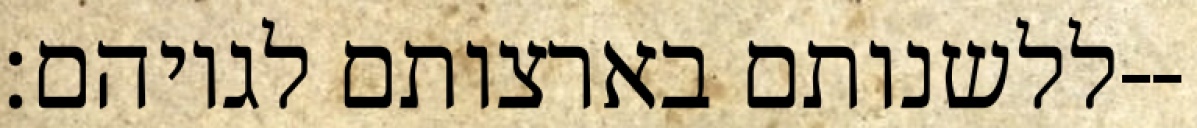
ללשנותם בארצותם לגויהם׃--